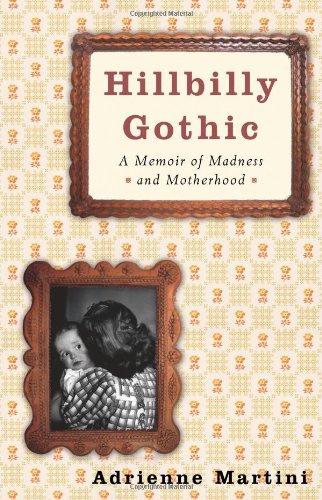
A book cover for Hillbilly Gothic: A Memoir of Madness and Motherhood; Adrienne Martini; Health, Fitness & Dieting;